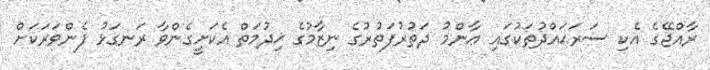
ރާއްޖޭގެ އެކި ސަރަޙައްދުތަކުގައި ޢާންމު ދަތުރުފަތުރުގެ ނިޒާމުގެ ޚިދުމަތް އެކަށީގެންވާ ރަނގަޅު ފެންވަރަކަށް